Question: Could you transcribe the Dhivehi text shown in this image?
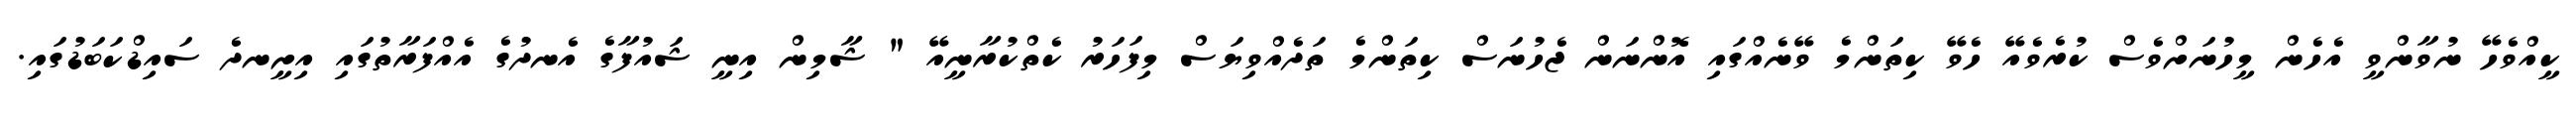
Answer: ކީއްވެހޭ ނުވާންވީ އެހެން މީހުނަށްވެސް ކުރެވެއޭ ހެވޭ ކިތަންމެ ވޭނެއްގައި އޮންނަން ޖެހުނަސް ކިތަންމެ ތަދެއްވިޔަސް މިފަހަރު ކެތްކުރާނީއޭ " ޝާމިން އިނީ ޝައުފާގެ އެނދުގެ އެއްފަރާތުގައި އިށީނދެ ސައިޑްކަބަޑުގައި.